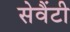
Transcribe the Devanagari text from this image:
सेवैंटी